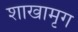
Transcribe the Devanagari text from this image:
शाखामृग